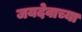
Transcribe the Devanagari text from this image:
जयदेवाच्या